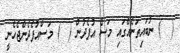
(  ) ނުބައިތަނެއްގައި މަސް އުފެދުން (  ) މަސްއުފެދެންޖެހެނީ